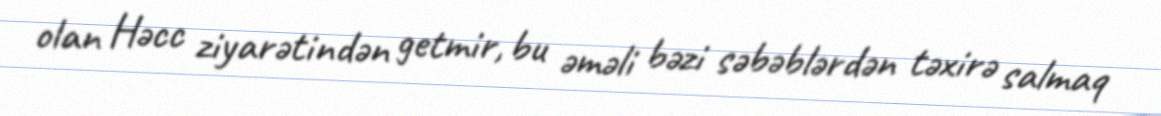
olan Həcc ziyarətindən getmir, bu əməli bəzi səbəblərdən təxirə salmaq